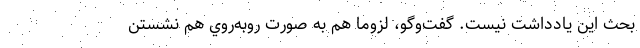
بحث اين يادداشت نيست. گفت‌وگو، لزوما هم به صورت روبه‌روي هم نشستن